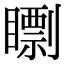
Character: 𥋠